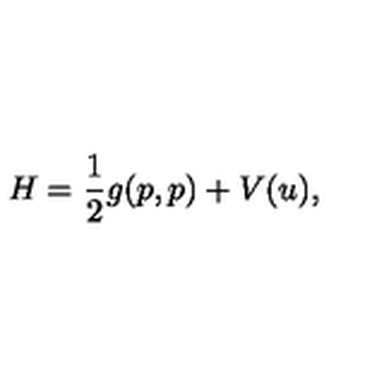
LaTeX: H = \frac { 1 } { 2 } g ( p , p ) + V ( u ) ,